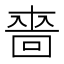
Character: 𠹫